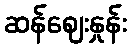
ဆန်ဈေးနှုန်း